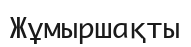
Жұмыршақты